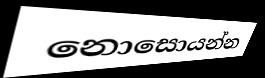
නොසොයන්න